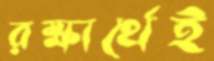
রক্ষার্থেই